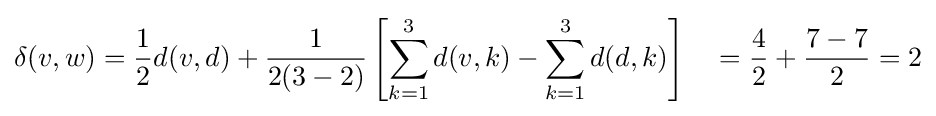
\delta (v,w)={\frac {1}{2}}d(v,d)+{\frac {1}{2(3-2)}}\left[\sum _{k=1}^{3}d(v,k)-\sum _{k=1}^{3}d(d,k)\right]\quad ={\frac {4}{2}}+{\frac {7-7}{2}}=2